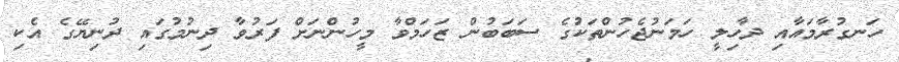
ހަނގުރާމައާއި ދާހިލީ ހަމަނުޖެހުންތަކުގެ ސަބަބުން ޒަހަމްވާ މީހުންނަށް ފަރުވާ ދިނުމުގައި ދުނިޔޭގެ އެކި